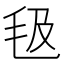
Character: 𣬬